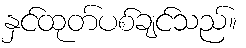
နှင်ထုတ်ပစ်ချင်သည်။